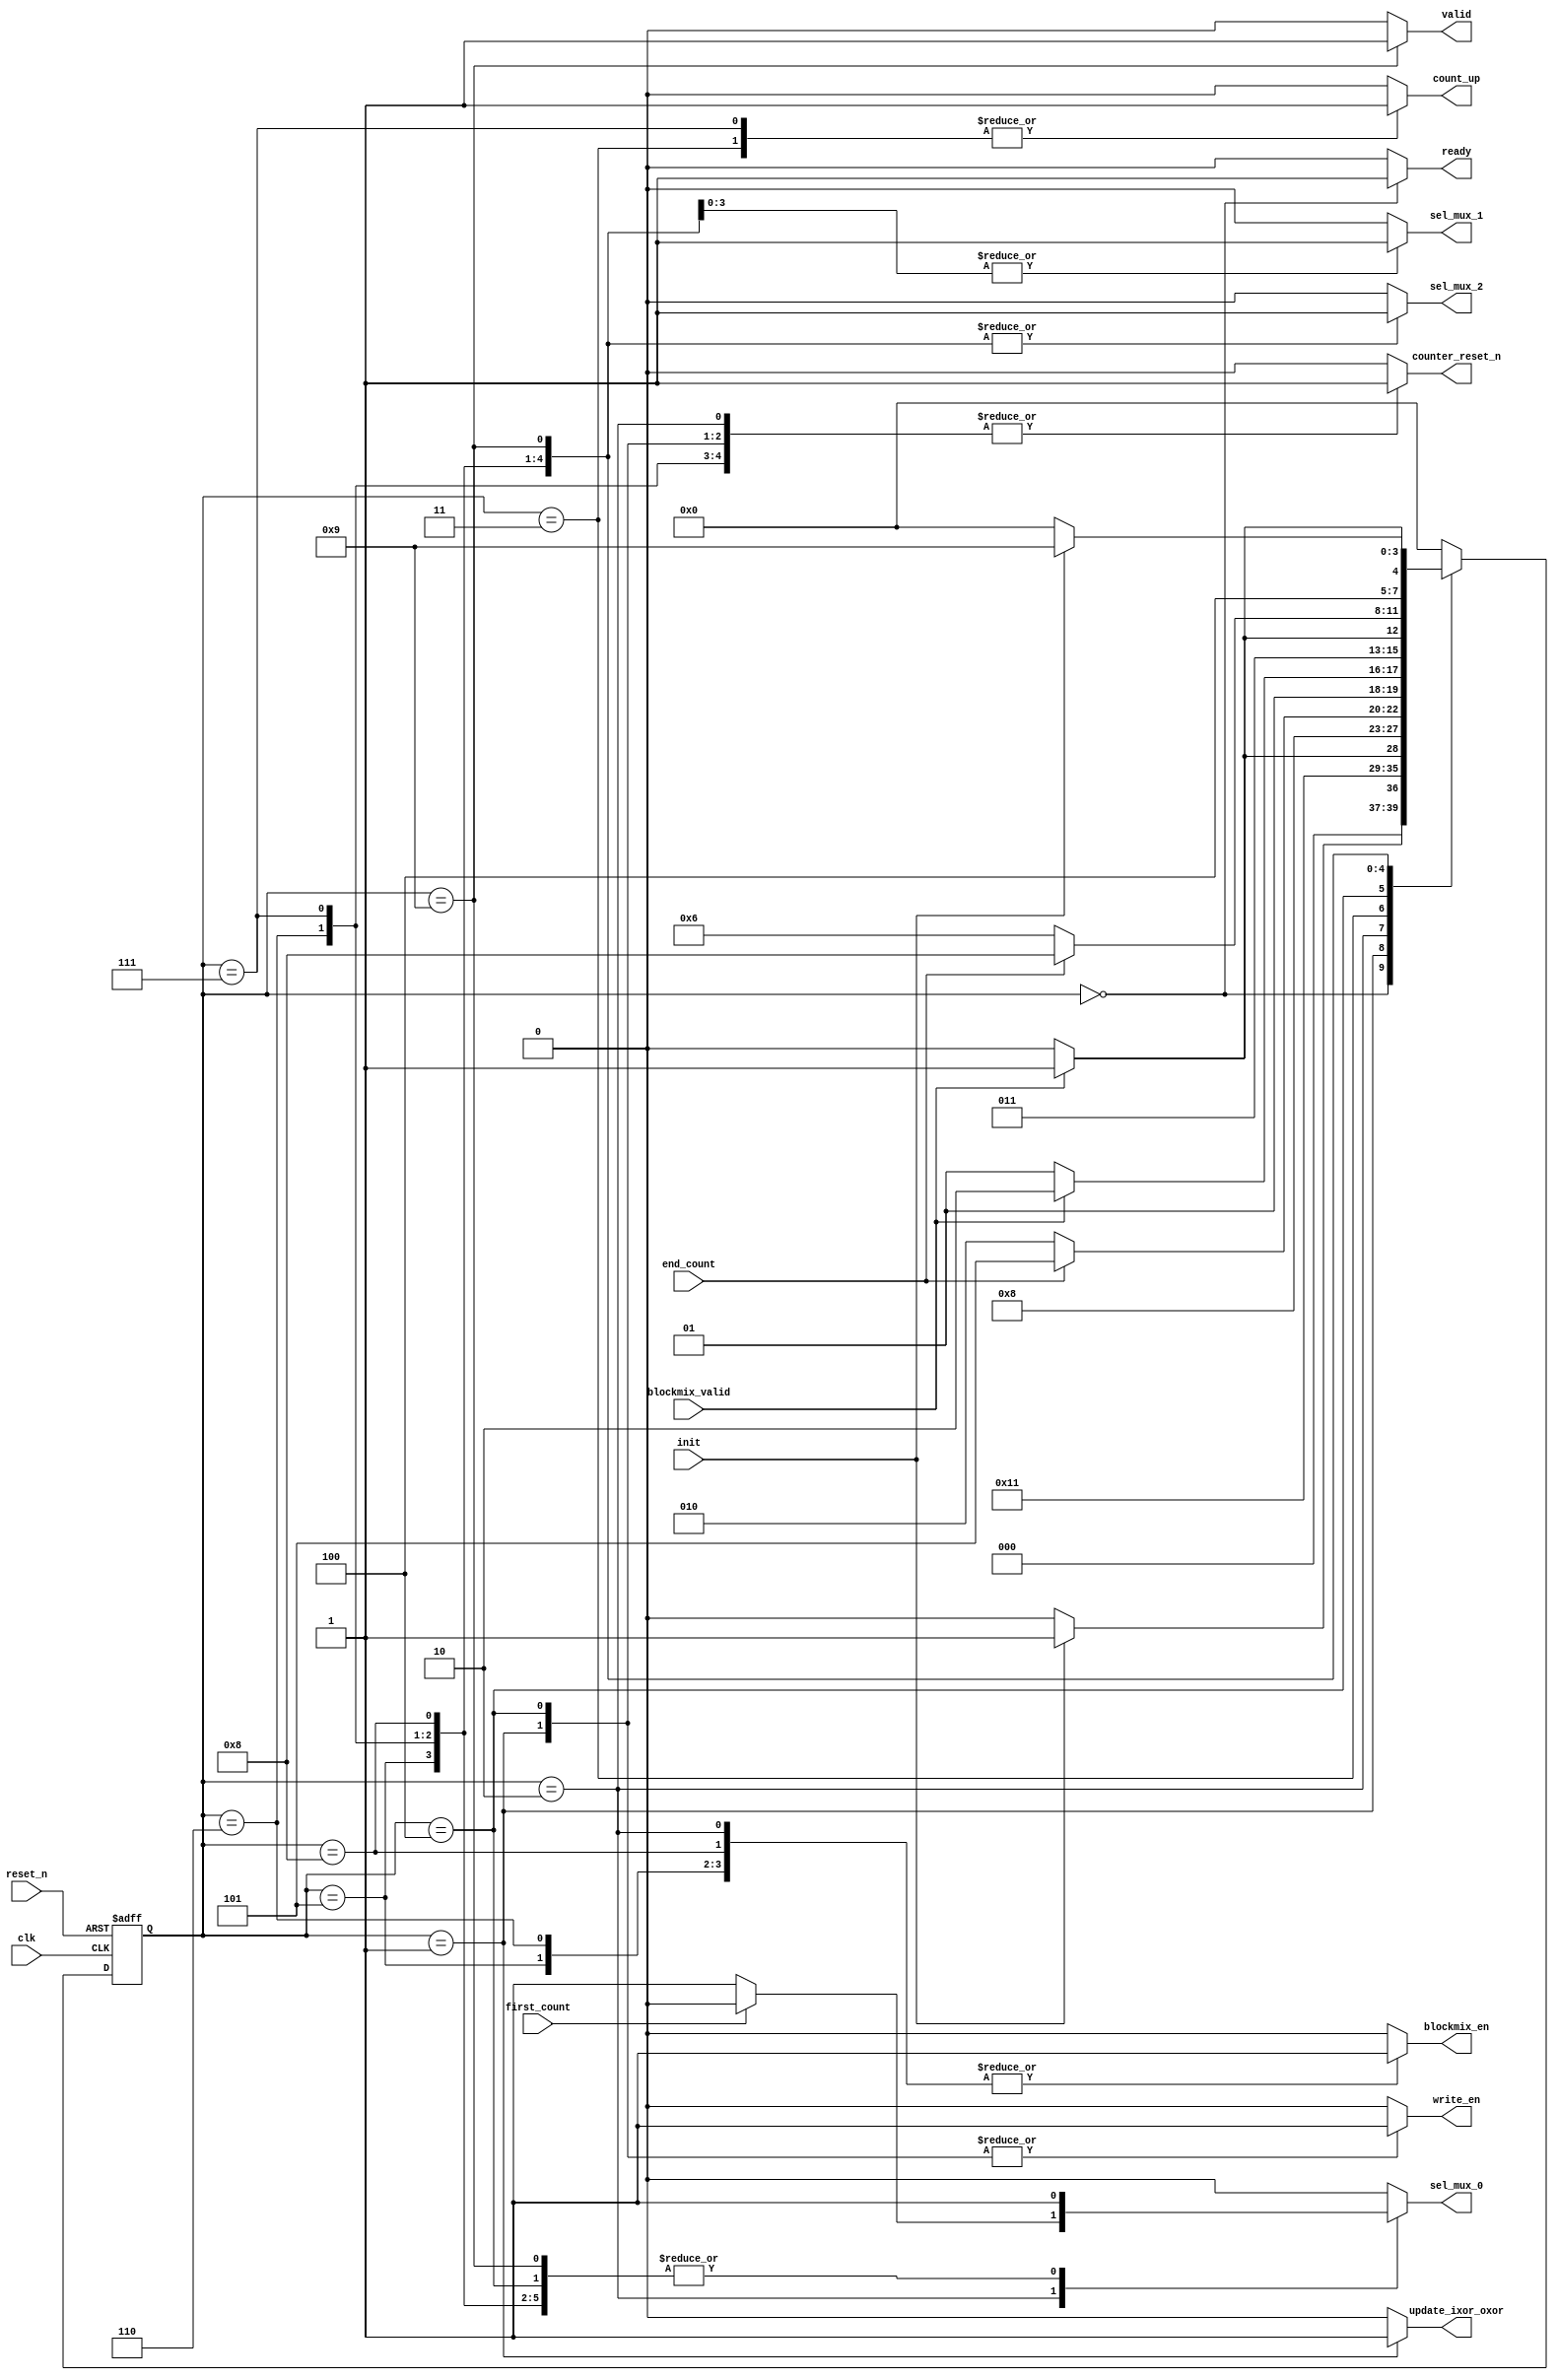
module romix_new_ct (
		input 	wire				clk				,
		input 	wire				init			,
		input	wire				reset_n			,
		input	wire				blockmix_valid	,
		input	wire				first_count		,
		input	wire				end_count		,
		
		output  wire                ready           ,
        output  wire                update_ixor_oxor,
		output	wire				counter_reset_n	,
		output	wire				count_up		,
		output 	wire				blockmix_en		,
		output	wire				sel_mux_0		,
		output	wire				sel_mux_1		,
		output	wire				sel_mux_2		,
		output	wire				write_en		,
		output	wire				valid					
);

// Parameters encoded state

	parameter S0_IDLE 				= 	4'd0;
	parameter S1_START_WRITE		= 	4'd1;
	parameter S2_BLOCKMIX_WRITE		= 	4'd2;
	parameter S3_INCR_ADDR_WRITE	= 	4'd3;
	parameter S4_WRITE_MEM			= 	4'd4;
	parameter S5_START_READ			= 	4'd5;
	parameter S6_BLOCKMIX_READ		= 	4'd6;
	parameter S7_UPDATE_ADDR_READ	= 	4'd7;
	parameter S8_LAST_BLOCKMIX		= 	4'd8;
	parameter S9_DONE 				= 	4'd9;

// Registers, wires, and assignment for current states management

// Registers
	reg		[3:0]	romix_state_reg;
	
// Wires
	wire 	[3:0]	romix_state_wire;

// Assignments

	assign 	romix_state_wire = romix_state_reg;
	
// Registers and wires for next states management

// Registers
	reg		[3:0]	romix_next_state_reg;
	
// Wires
	wire 	[3:0]	romix_next_state_wire;

// Assignment

	assign 	romix_next_state_wire = romix_next_state_reg;
	
// Registers and assignments for control signals

// Registers
	
	reg				update_ixor_oxor_reg		;
	reg				counter_reset_n_reg	;
	reg				count_up_reg		;
	reg				blockmix_en_reg		;
	reg				sel_mux_0_reg		;
	reg				sel_mux_1_reg		;
	reg				sel_mux_2_reg		;
	reg				write_en_reg		;
	reg				valid_reg			;					
	reg             ready_reg           ;
	
// Assignments

	assign	update_ixor_oxor		= 		update_ixor_oxor_reg		;
	assign	counter_reset_n	 		= 		counter_reset_n_reg	        ;
	assign	count_up		 		= 		count_up_reg		        ;
	assign	blockmix_en		 		= 		blockmix_en_reg		        ;
	assign	sel_mux_0		 		= 		sel_mux_0_reg		        ;
	assign	sel_mux_1		 		= 		sel_mux_1_reg		        ;
	assign	sel_mux_2		 		= 		sel_mux_2_reg		        ;
	assign	write_en		 		= 		write_en_reg		        ;
	assign	valid			 		= 		valid_reg			        ;
	assign  ready                   =       ready_reg                   ;
    
// Always block for fsms
//flipflop update state
	always @(posedge clk or negedge reset_n)begin: update_state
		if(reset_n == 1'b0) begin
			romix_state_reg <= S0_IDLE;
		end
		else begin
			romix_state_reg <= romix_next_state_wire;
		end
	end	

//state change condition
	always @(romix_state_wire or init or blockmix_valid or end_count) begin: update_next_state
		case (romix_state_wire)
			S0_IDLE: begin
				if(init == 1'b1) begin
					romix_next_state_reg = S1_START_WRITE;
				end
				else begin
					romix_next_state_reg = S0_IDLE;
				end
			end
			S1_START_WRITE: begin
				romix_next_state_reg = S2_BLOCKMIX_WRITE;
			end
			S2_BLOCKMIX_WRITE: begin
				if(blockmix_valid == 1'b1) begin
					romix_next_state_reg = S3_INCR_ADDR_WRITE;
				end
				else begin
					romix_next_state_reg = S2_BLOCKMIX_WRITE;
				end
			end
			S3_INCR_ADDR_WRITE: begin
				romix_next_state_reg = S4_WRITE_MEM;
			end
			S4_WRITE_MEM: begin								// increase
				if(end_count == 1'b1) begin
					romix_next_state_reg = S5_START_READ;
				end
				else begin
					romix_next_state_reg = S2_BLOCKMIX_WRITE;
				end
			end
			S5_START_READ: begin
				if(blockmix_valid == 1'b1) begin
					romix_next_state_reg = S6_BLOCKMIX_READ;
				end
				else begin
					romix_next_state_reg = S5_START_READ;
				end
			end
			S6_BLOCKMIX_READ: begin
				if(blockmix_valid == 1'b1) begin
					romix_next_state_reg = S7_UPDATE_ADDR_READ;
				end
				else begin
					romix_next_state_reg = S6_BLOCKMIX_READ;
				end
			end
			S7_UPDATE_ADDR_READ: begin
				if(end_count == 1'b1) begin
					romix_next_state_reg = S8_LAST_BLOCKMIX;
				end
				else begin
					romix_next_state_reg = S6_BLOCKMIX_READ;
				end
			end
			S8_LAST_BLOCKMIX: begin
				if(blockmix_valid == 1'b1) begin
					romix_next_state_reg = S9_DONE;
				end
				else begin
					romix_next_state_reg = S8_LAST_BLOCKMIX;
				end
			end
			S9_DONE: begin
				if(init == 1'b0) begin
					romix_next_state_reg = S0_IDLE;
				end
				else begin
					romix_next_state_reg = S9_DONE;
				end
			end
			default: begin
				romix_next_state_reg = S0_IDLE;
			end
		endcase
	end
	
	always @(romix_state_wire or first_count) begin : output_state
		case (romix_state_wire)
			S0_IDLE: begin
                ready_reg               = 1'b1  ;
				update_ixor_oxor_reg    = 1'b0	;
				counter_reset_n_reg	    = 1'b0	;
				count_up_reg		    = 1'b0	;
				blockmix_en_reg		    = 1'b0	;
				sel_mux_0_reg		    = 1'b0	;
				sel_mux_1_reg		    = 1'b0	;
				sel_mux_2_reg		    = 1'b0	;
				write_en_reg		    = 1'b0	;
				valid_reg			    = 1'b0	;

			end
			S1_START_WRITE: begin	// Write the first value to the first mem
                ready_reg               = 1'b0  ;
				update_ixor_oxor_reg	= 1'b1	;
				counter_reset_n_reg	    = 1'b1	;
				count_up_reg		    = 1'b0	;
				blockmix_en_reg		    = 1'b0	;
				sel_mux_0_reg		    = 1'b0	;
				sel_mux_1_reg		    = 1'b0	;
				sel_mux_2_reg		    = 1'b0	;
				write_en_reg		    = 1'b1	;
				valid_reg			    = 1'b0	;
			end
			S2_BLOCKMIX_WRITE: begin 
                ready_reg               = 1'b0  ;
				if(first_count == 1'b1) begin
					update_ixor_oxor_reg	= 1'b0	;
					counter_reset_n_reg	    = 1'b1	;
					count_up_reg		    = 1'b0	;
					blockmix_en_reg		    = 1'b1	;
					sel_mux_0_reg		    = 1'b0	;
					sel_mux_1_reg		    = 1'b0	;
					sel_mux_2_reg		    = 1'b0	;
					write_en_reg		    = 1'b0	;
					valid_reg			    = 1'b0	;
				end
				else begin
					update_ixor_oxor_reg	= 1'b0	;
					counter_reset_n_reg	    = 1'b1	;
					count_up_reg		    = 1'b0	;
					blockmix_en_reg		    = 1'b1	;
					sel_mux_0_reg		    = 1'b1	;
					sel_mux_1_reg		    = 1'b0	;
					sel_mux_2_reg		    = 1'b0	;
					write_en_reg		    = 1'b0	;
					valid_reg			    = 1'b0	;
				end
			end
			S3_INCR_ADDR_WRITE: begin	// save to mem and increase address in the next state
                ready_reg               = 1'b0  ;
				update_ixor_oxor_reg	= 1'b0	;
				counter_reset_n_reg	    = 1'b1	;
				count_up_reg		    = 1'b1	;
				blockmix_en_reg		    = 1'b0	;
				sel_mux_0_reg		    = 1'b1	;
				sel_mux_1_reg		    = 1'b0	;
				sel_mux_2_reg		    = 1'b0	;
				write_en_reg		    = 1'b0	;
				valid_reg			    = 1'b0	;
			end
			S4_WRITE_MEM: begin
                ready_reg               = 1'b0  ;
				update_ixor_oxor_reg	= 1'b0	;
				counter_reset_n_reg	    = 1'b1	;
				count_up_reg		    = 1'b0	;
				blockmix_en_reg		    = 1'b0	;
				sel_mux_0_reg		    = 1'b1	;
				sel_mux_1_reg		    = 1'b0	;
				sel_mux_2_reg		    = 1'b0	;
				write_en_reg		    = 1'b1	;
				valid_reg			    = 1'b0	;
			end
			S5_START_READ: begin					// calculation last read blockmix
                ready_reg               = 1'b0  ;
				update_ixor_oxor_reg	= 1'b0	;
				counter_reset_n_reg	    = 1'b0	;
				count_up_reg		    = 1'b0	;
				blockmix_en_reg		    = 1'b1	;
				sel_mux_0_reg		    = 1'b1	;
				sel_mux_1_reg		    = 1'b0	;
				sel_mux_2_reg		    = 1'b1	;
				write_en_reg		    = 1'b0	;
				valid_reg			    = 1'b0	;
			end
			S6_BLOCKMIX_READ: begin
                ready_reg               = 1'b0  ;
				update_ixor_oxor_reg	= 1'b0	;
				counter_reset_n_reg	    = 1'b1	;
				count_up_reg		    = 1'b0	;
				blockmix_en_reg		    = 1'b1	;
				sel_mux_0_reg		    = 1'b1	;
				sel_mux_1_reg		    = 1'b1	;
				sel_mux_2_reg		    = 1'b1	;
				write_en_reg		    = 1'b0	;
				valid_reg			    = 1'b0	;
			end
			S7_UPDATE_ADDR_READ: begin
                ready_reg               = 1'b0  ;
				update_ixor_oxor_reg	= 1'b0	;
				counter_reset_n_reg	    = 1'b1	;
				count_up_reg		    = 1'b1	;
				blockmix_en_reg		    = 1'b0	;
				sel_mux_0_reg		    = 1'b1	;
				sel_mux_1_reg		    = 1'b1	;
				sel_mux_2_reg		    = 1'b1	;
				write_en_reg		    = 1'b0	;
				valid_reg			    = 1'b0	;
			end
			S8_LAST_BLOCKMIX: begin
                ready_reg               = 1'b0  ;
				update_ixor_oxor_reg	= 1'b0	;
				counter_reset_n_reg	    = 1'b0	;
				count_up_reg		    = 1'b0	;
				blockmix_en_reg		    = 1'b1	;
				sel_mux_0_reg		    = 1'b1	;
				sel_mux_1_reg		    = 1'b1	;
				sel_mux_2_reg		    = 1'b1	;
				write_en_reg		    = 1'b0	;
				valid_reg			    = 1'b0	;
			end
			S9_DONE: begin
                ready_reg               = 1'b0  ;
				update_ixor_oxor_reg	= 1'b0	;
				counter_reset_n_reg	    = 1'b0	;
				count_up_reg		    = 1'b0	;
				blockmix_en_reg		    = 1'b0	;
				sel_mux_0_reg		    = 1'b1	;
				sel_mux_1_reg		    = 1'b1	;
				sel_mux_2_reg		    = 1'b1	;
				write_en_reg		    = 1'b0	;
				valid_reg			    = 1'b1	;
			end
			default: begin
                ready_reg               = 1'b0  ;
				update_ixor_oxor_reg	= 1'b0	;
				counter_reset_n_reg	    = 1'b0	;
				count_up_reg		    = 1'b0	;
				blockmix_en_reg		    = 1'b0	;
				sel_mux_0_reg		    = 1'b0	;
				sel_mux_1_reg		    = 1'b0	;
				sel_mux_2_reg		    = 1'b0	;
				write_en_reg		    = 1'b0	;
				valid_reg			    = 1'b0	;	
			end
		endcase
	end
	
	
	
endmodule